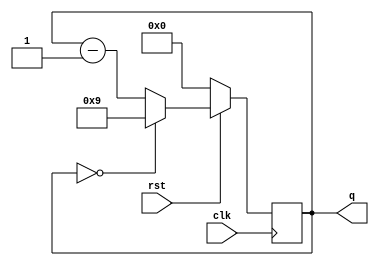
`timescale 1ns / 1ps
//////////////////////////////////////////////////////////////////////////////////
// Company: 
// Engineer: 
// 
// Design Name: 
// Module Name:    BCD_Down_Counter 
// Project Name: 
// Target Devices: 
// Tool versions: 
// Description: 
//
// Dependencies: 
//
// Revision: 
// Revision 0.01 - File Created
// Additional Comments: 
//
//////////////////////////////////////////////////////////////////////////////////
module BCD_Down_Counter(clk,rst,q);
input clk,rst;
output reg [3:0]q;
//reg dclk;
//reg [22:0] cnt=23'd0;

always@(posedge clk)
begin
//cnt=cnt+1;
//dclk=cnt[22];
//end
//always@(posedge dclk)
//begin
if(!rst)
	q=4'd0;
else if(q==4'd0)
	q=4'd9;
else
	q=q-1;
end

endmodule